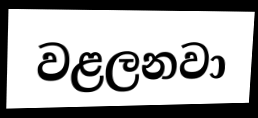
වළලනවා